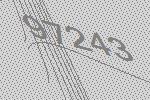
97243